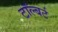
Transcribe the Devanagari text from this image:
टॉल्बर्ट